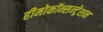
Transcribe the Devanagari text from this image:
हीमोकॉन्सन्ट्रेशन